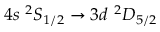
4 s \ ^ { 2 } S _ { 1 / 2 } \rightarrow 3 d \ ^ { 2 } D _ { 5 / 2 }